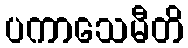
ပကာသေမီတိ